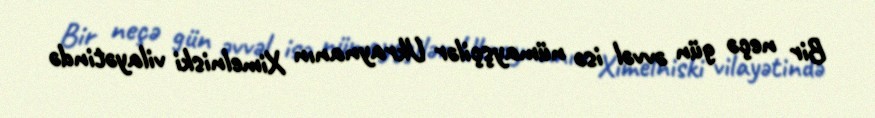
Bir neçə gün əvvəl isə nümayşçilər Ukraynanın Ximelniski vilayətində